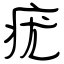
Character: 疣